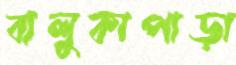
বালুকাপাড়া